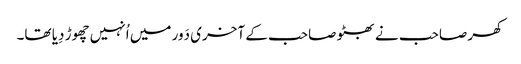
کھر صاحب نے بھٹو صاحب کے آخری دَور میں اُنہیں چھوڑ دِیا تھا۔